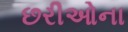
છરીઓના